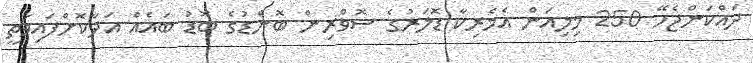
ދައްކަންޖެހޭ 250 މިލިއަން އެމެރިކާ ޑޮލަރުގެ ސޮވްރިން ބޮންޑުގެ ބޮޑު ބައެއް އަދާކޮށްފައިވާތީ